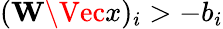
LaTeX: (\mathbf{W}\Vec{x})_{i}>-b_{i}